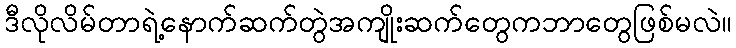
ဒီလိုလိမ်တာရဲ့နောက်ဆက်တွဲအကျိုးဆက်တွေကဘာတွေဖြစ်မလဲ။